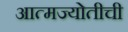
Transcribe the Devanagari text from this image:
आत्मज्योतीची